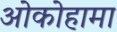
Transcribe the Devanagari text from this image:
ओकोहामा